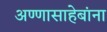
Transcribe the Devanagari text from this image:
अण्णासाहेबांना